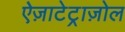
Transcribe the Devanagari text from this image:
ऐज़ाटेट्राज़ोल